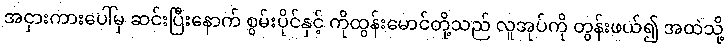
အငှားကားပေါ်မှ ဆင်းပြီးနောက် စွမ်းပိုင်နှင့် ကိုထွန်းမောင်တို့သည် လူအုပ်ကို တွန်းဖယ်၍ အထဲသို့